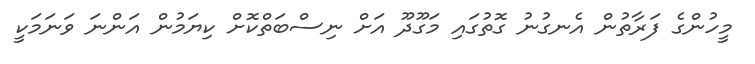
މީހުންގެ ފަރާތުން އެނގުނު ގޮތުގައި މަގޫދޫ އަށް ނިސްބަތްކޮށް ކިޔަމުން އަންނަ ވަނަމަކީ